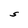
Character: S